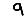
Digit: 9